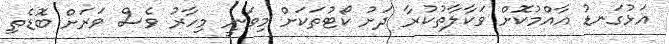
އަޅުގަނޑު އާއްމުކޮށް ވަކާލާތުކުރާ ދަށު ކޯޓުތަކަށް މިވަނީ މިހާރު ވެސް ވަރަށް ބޮޑެތި